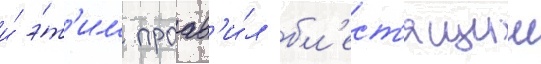
и́ э́т'им проав'и́л бл'ест'ящии